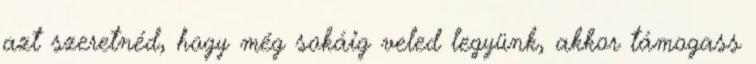
azt szeretnéd, hogy még sokáig veled legyünk, akkor támogass